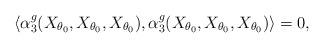
LaTeX: \begin{align*}\langle \alpha^g_3(X_{\theta_0},X_{\theta_0},X_{\theta_0}),\alpha^g_3(X_{\theta_0},X_{\theta_0},X_{\theta_0})\rangle=0,\end{align*}